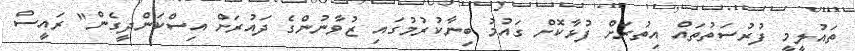
ތައުލީމީ ފުރުސަތުތައް އިތުރަށް ފުޅާކޮށް ގައުމު ބިނާކުރުމުގައި ޒުވާނުންގެ ދައުރަށް އިސްކަންދީގެން" ރައީސް